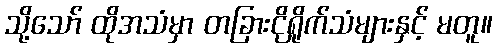
သို့သော် ထိုအသံမှာ တခြားငိုရှိုက်သံများနှင့် မတူ။